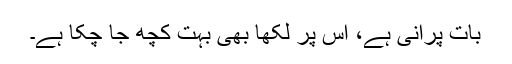
بات پرانی ہے، اس پر لکھا بھی بہت کچھ جا چکا ہے۔